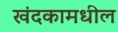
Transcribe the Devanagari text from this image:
खंदकामधील